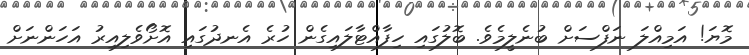
މޮޔަ! އަމިއްލަ ނަފްސަށް ބުނެލީމެވެ. ބޮލުގައި ހިފާއްޓާލައިގެން ހުރެ އެނދުގައި އޮށޯވެލިއިރު އަހަންނަށް